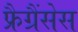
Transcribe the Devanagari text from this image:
फ्रैग्रैंसेस